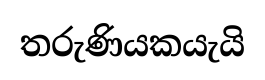
තරුණියකයැයි